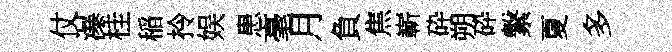
仗瀑桂稲拎娱患毫月負焦嶄砕朔砕繋夏多